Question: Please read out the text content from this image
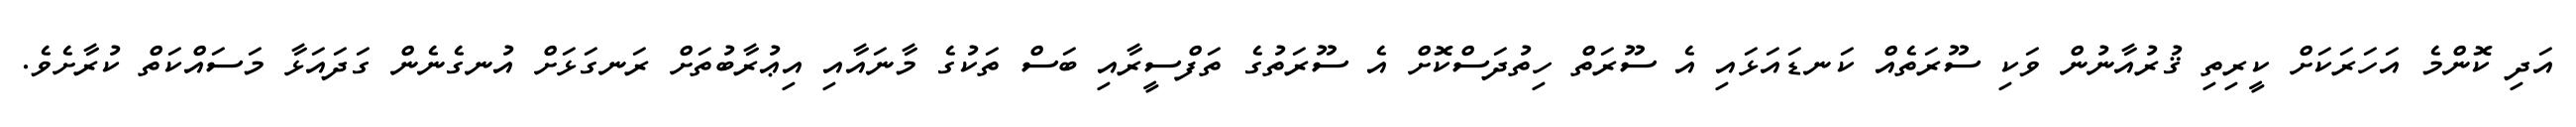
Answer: އަދި ކޮންމެ އަހަރަކަށް ކީރިތި ޤުރުއާނުން ވަކި ސޫރަތެއް ކަނޑައަޅައި އެ ސޫރަތް ހިތުދަސްކޮށް އެ ސޫރަތުގެ ތަފްސީރާއި ބަސް ތަކުގެ މާނައާއި އިޢުރާބުތަށް ރަނގަޅަށް އުނގެނެން ގަދައަޅާ މަސައްކަތް ކުރާށެވެ.